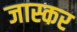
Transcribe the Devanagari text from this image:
जास्कर